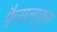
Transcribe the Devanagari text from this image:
फ़ैसलाकुन